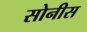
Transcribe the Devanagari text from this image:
सोनीस